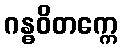
ဂန္ဓဝိတက္ကေ